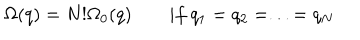
LaTeX: \Omega ( q ) = N ! \Omega _ { 0 } ( q ) \qquad i f \ q _ { 1 } = q _ { 2 } = . . . = q _ { N }